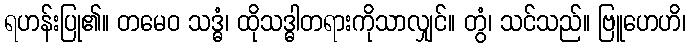
ရဟန်းပြု၏။ တမေဝ သဒ္ဓံ၊ ထိုသဒ္ဓါတရားကိုသာလျှင်။ တွံ၊ သင်သည်။ ဗြူဟေဟိ၊